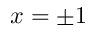
x = \pm 1